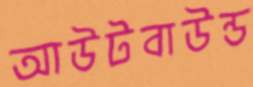
আউটবাউন্ড